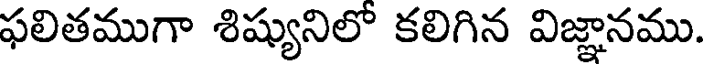
ఫలితముగా శిష్యునిలో కలిగిన విజ్ఞానము.